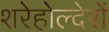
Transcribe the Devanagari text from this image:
शरेहोल्देरों